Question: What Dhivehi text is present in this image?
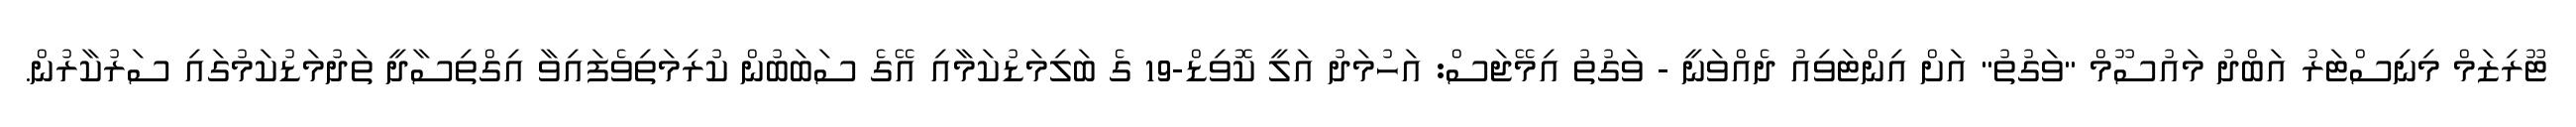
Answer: ޓޫރިޒަމް މިނިސްޓަރު އަބްދު މައުސޫމް "ވަގުތު" އަށް އިންޓަވިއު ދެއްވަނީ - ވަގުތު އިމޭޖަސް: އަހުމަދު އަލީ ކޮވިޑް-19 ގެ ބަލިމަޑުކަމާއި އޭގެ ސަބަބުން ކުރިމަތިވެފައިވާ އިގްތިސާދީ ތަދުމަޑުކަމުގައި ސަރުކާރުން.